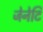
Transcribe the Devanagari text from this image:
जेनेटि